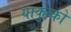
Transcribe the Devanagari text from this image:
याकुब्को